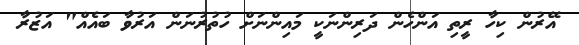
އޭރުން ކިހާ ރީތި އަންހެން ދަރިންނަކީ މައިންނަށް ހުތުރުނަން އަރުވާ ބައެއް" އަޒުރާ